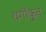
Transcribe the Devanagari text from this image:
वर्गीकृ्त